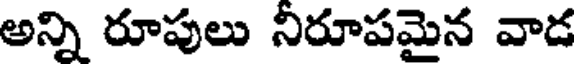
అన్ని రూపులు నిరూపమైన వాడ